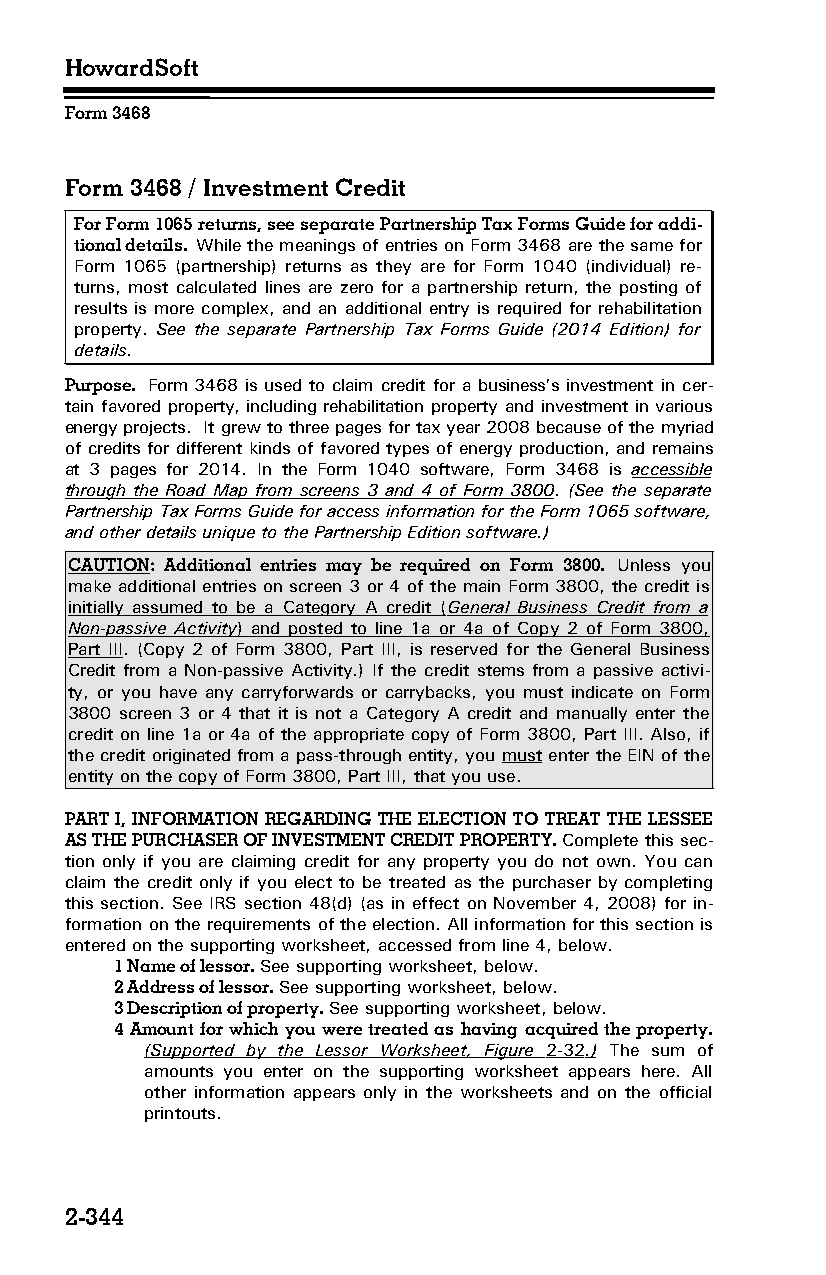
HowardSoft
 Form 3468
 Form 3468 / Investment Credit
 For Form 1065 returns, see separate Partnership Tax Forms Guide for addi­
 tional details. While the meanings of entries on Form 3468 are the same for
 Form 1065 (partnership) returns as they are for Form 1040 (individual) re­
 turns, most calculated lines are zero for a partnership return, the posting of
 results is more complex, and an additional entry is required for rehabilitation
 property. See the separate Partnership Tax Forms Guide (2014 Edition) for
 details.
 Purpose. Form 3468 is used to claim credit for a business’s investment in cer­
 tain favored property, including rehabilitation property and investment in various
 energy projects. It grew to three pages for tax year 2008 because of the myriad
 of credits for different kinds of favored types of energy production, and remains
 at 3 pages for 2014. In the Form 1040 software, Form 3468 is accessible
 through the Road Map from screens 3 and 4 of Form 3800. (See the separate
 Partnership Tax Forms Guide for access information for the Form 1065 software,
 and other details unique to the Partnership Edition software.)
 CAUTION: Additional entries may be required on Form 3800. Unless you
 make additional entries on screen 3 or 4 of the main Form 3800, the credit is
 initially assumed to be a Category A credit ( General Business Credit from a
 Non-passive Activity ) and posted to line 1a or 4a of Copy 2 of Form 3800,
 Part III. (Copy 2 of Form 3800, Part III, is reserved for the General Business
 Credit from a Non-passive Activity.) If the credit stems from a passive activi­
 ty, or you have any carryforwards or carrybacks, you must indicate on Form
 3800 screen 3 or 4 that it is not a Category A credit and manually enter the
 credit on line 1a or 4a of the appropriate copy of Form 3800, Part III. Also, if
 the credit originated from a pass-through entity, you must enter the EIN of the
 entity on the copy of Form 3800, Part III, that you use.
 PART I, INFORMATION REGARDING THE ELECTION TO TREAT THE LESSEE
 AS THE PURCHASER OF INVESTMENT CREDIT PROPERTY. Complete this sec­
 tion only if you are claiming credit for any property you do not own. You can
 claim the credit only if you elect to be treated as the purchaser by completing
 this section. See IRS section 48(d) (as in effect on November 4, 2008) for in­
 formation on the requirements of the election. All information for this section is
 entered on the supporting worksheet, accessed from line 4, below.
 1 Name of lessor. See supporting worksheet, below.
 2 Address of lessor. See supporting worksheet, below.
 3 Description of property. See supporting worksheet, below.
 4 Amount for which you were treated as having acquired the property.
 (Supported by the Lessor Worksheet, Figure 2-32 .) The sum of
 amounts you enter on the supporting worksheet appears here. All
 other information appears only in the worksheets and on the official
 printouts.
 2-344